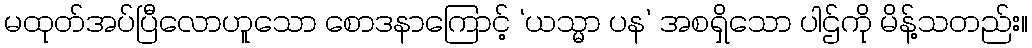
မထုတ်အပ်ပြီလောဟူသော စောဒနာကြောင့် ‘ယသ္မာ ပန’ အစရှိသော ပါဌ်ကို မိန့်သတည်း။